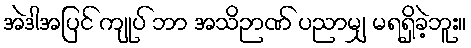
အဲဒါအပြင် ကျုပ် ဘာ အသိဉာဏ် ပညာမျှ မရရှိခဲ့ဘူး။